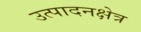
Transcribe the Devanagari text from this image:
उत्पादनक्षेत्र